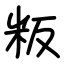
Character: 粄